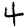
Digit: 4